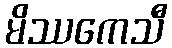
မိဿကေသီ